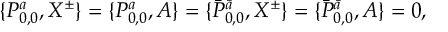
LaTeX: \{ { \cal P } _ { 0 , 0 } ^ { a } , X ^ { \pm } \} = \{ { \cal P } _ { 0 , 0 } ^ { a } , A \} = \{ \bar { { \cal P } } _ { 0 , 0 } ^ { \bar { a } } , X ^ { \pm } \} = \{ \bar { { \cal P } } _ { 0 , 0 } ^ { \bar { a } } , A \} = 0 ,